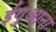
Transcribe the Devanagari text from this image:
ईगुआना